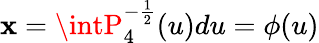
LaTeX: \mathbf{x}=\intP_{4}^{-\frac{{1}}{{2}}}(u)du=\phi(u)